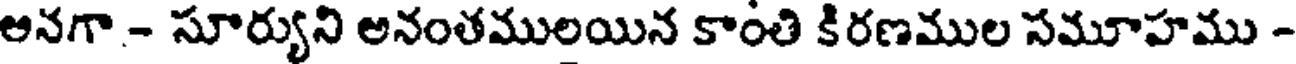
అనగా - సూర్యుని అనంతములయిన కాంతి కిరణముల సమూహము -